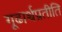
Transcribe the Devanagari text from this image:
गूढार्थप्रतीति